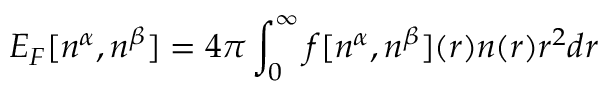
E _ { F } [ n ^ { \alpha } , n ^ { \beta } ] = 4 \pi \int _ { 0 } ^ { \infty } f [ n ^ { \alpha } , n ^ { \beta } ] ( r ) n ( r ) r ^ { 2 } d r